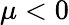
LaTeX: \mu<0